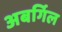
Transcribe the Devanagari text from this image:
अबर्गिल